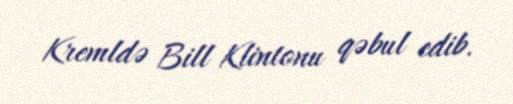
Kremldə Bill Klintonu qəbul edib.